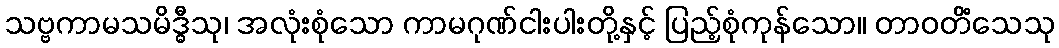
သဗ္ဗကာမသမိဒ္ဓီသု၊ အလုံးစုံသော ကာမဂုဏ်ငါးပါးတို့နှင့် ပြည့်စုံကုန်သော။ တာဝတိံသေသု